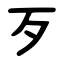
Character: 歹